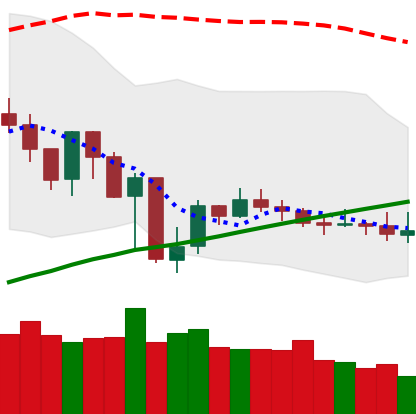
Ticker: XMR-USD
Chart end date: 2019-07-28
Forward return: 5.563%
Label: up_5_7